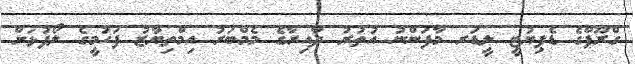
ގްރޫޕްގެ ޑެޕިޔުޓީ ލީޑަރ މާފަންނު އުތުރު ދާއިރާގެ މެމްބަރު އިމްތިޔާޒު ފަހުމީގެ ލޯފުޅަށް